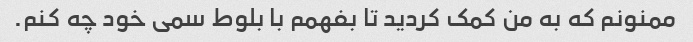
ممنونم که به من کمک کردید تا بفهمم با بلوط سمی خود چه کنم.